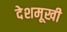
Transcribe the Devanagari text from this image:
देशमूखी